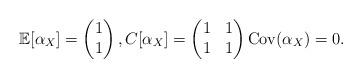
LaTeX: \begin{align*}\mathbb{E}[\alpha_X]= \begin{pmatrix}1\\1\\\end{pmatrix} , C[\alpha_X]= \begin{pmatrix}1&1\\1&1\\\end{pmatrix} \operatorname{Cov}(\alpha_X)=0.\end{align*}